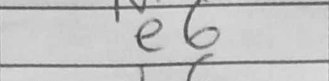
Transcription: e6